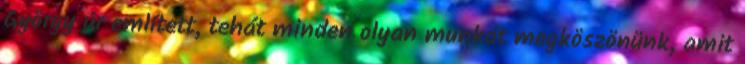
György úr említett, tehát minden olyan munkát megköszönünk, amit